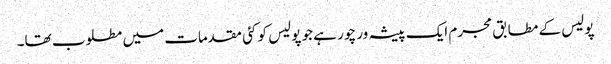
پولیس کے مطابق مجرم ایک پیشہ ور چور ہے جو پولیس کو کئی مقدمات میں مطلوب تھا۔